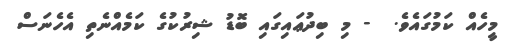
މީހެއް ކަމުގައެވެ.  - މި ބިދުޢައިގައި ބޮޑު ޝިރުކުގެ ކަމެއްނެތި އެހެނަސް